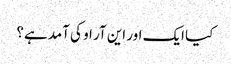
کیا ایک اور این آر او کی آمد ہے؟